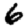
Digit: 6